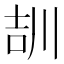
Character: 𡔠